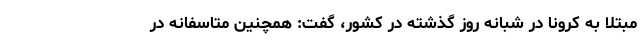
مبتلا به کرونا در شبانه روز گذشته در کشور، گفت: همچنین متاسفانه در